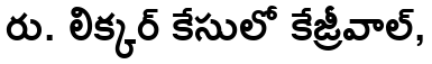
రు. లిక్కర్ కేసులో కేజ్రీవాల్,